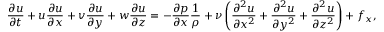
{ \frac { \partial u } { \partial t } } + u { \frac { \partial u } { \partial x } } + v { \frac { \partial u } { \partial y } } + w { \frac { \partial u } { \partial z } } = - { \frac { \partial p } { \partial x } } { \frac { 1 } { \rho } } + \nu \left( { \frac { \partial ^ { 2 } u } { \partial x ^ { 2 } } } + { \frac { \partial ^ { 2 } u } { \partial y ^ { 2 } } } + { \frac { \partial ^ { 2 } u } { \partial z ^ { 2 } } } \right) + f _ { x } ,